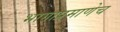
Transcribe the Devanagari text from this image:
भागाप्रमाणेच